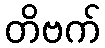
တိဗက်